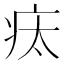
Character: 𤵉